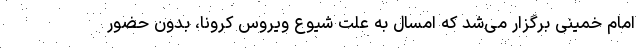
امام خمینی برگزار می‌شد که امسال به علت شیوع ویروس کرونا، بدون حضور